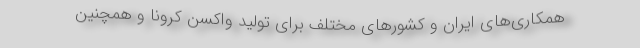
همکاری‌های ایران و کشورهای مختلف برای تولید واکسن کرونا و همچنین